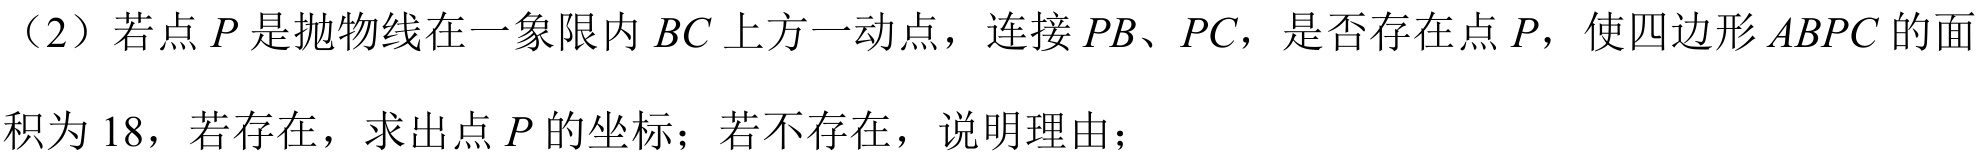
（2）若点\(P\)是抛物线在一象限内\(BC\)上方一动点，连接\(PB\)、\(PC\)，是否存在点\(P\)，使四边形\(ABPC\)的面
积为\(18\)，若存在，求出点\(P\)的坐标；若不存在，说明理由；